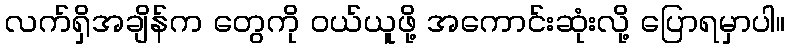
လက်ရှိအချိန်က တွေကို ဝယ်ယူဖို့ အကောင်းဆုံးလို့ ပြောရမှာပါ။